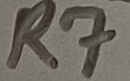
Text: R7